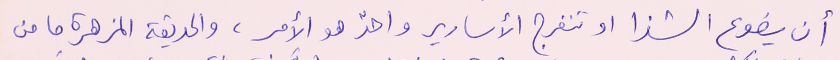
أن يضوع الشذا او تنفرج الأسارير واحدٌ هو الأمر، والحديقة المزهرة ما من